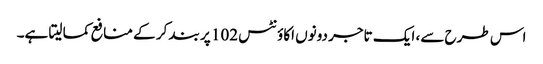
اس طرح سے، ایک تاجر دونوں اکاؤنٹس 102 پر بند کر کے منافع کما لیتا ہے۔